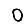
Digit: 0